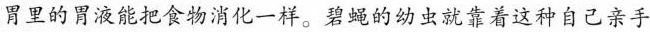
胃里的胃液能把食物消化一样。碧蝇的幼虫就靠着这种自己亲手